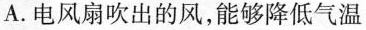
A.电风扇吹出的风，能够降低气温